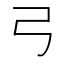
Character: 弓